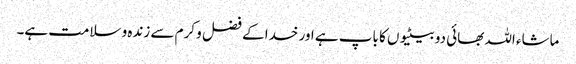
ماشاء اللہ بھائی دو بیٹیوں کا باپ ہے اور خدا کے فضل و کرم سے زندہ و سلامت ہے۔